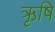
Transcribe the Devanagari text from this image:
ऋृषि